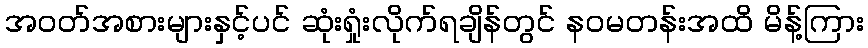
အဝတ်အစားများနှင့်ပင် ဆုံးရှုံးလိုက်ရချိန်တွင် နဝမတန်းအထိ မိန့်ကြား